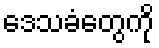
ဒေသခံတွေကို